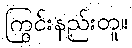
ကြွင်းနည်းတူ။